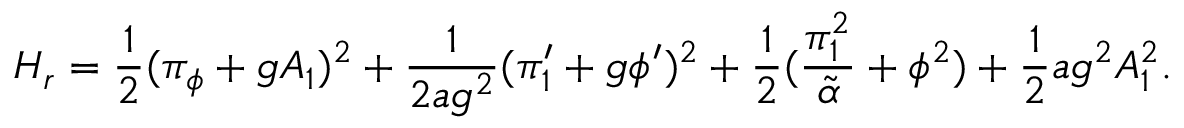
{ \cal H } _ { r } = { \frac { 1 } { 2 } } ( \pi _ { \phi } + g A _ { 1 } ) ^ { 2 } + { \frac { 1 } { 2 a g ^ { 2 } } } ( \pi _ { 1 } ^ { \prime } + g \phi ^ { \prime } ) ^ { 2 } + { \frac { 1 } { 2 } } ( { \frac { \pi _ { 1 } ^ { 2 } } { \tilde { \alpha } } } + \phi ^ { 2 } ) + { \frac { 1 } { 2 } } a g ^ { 2 } A _ { 1 } ^ { 2 } .